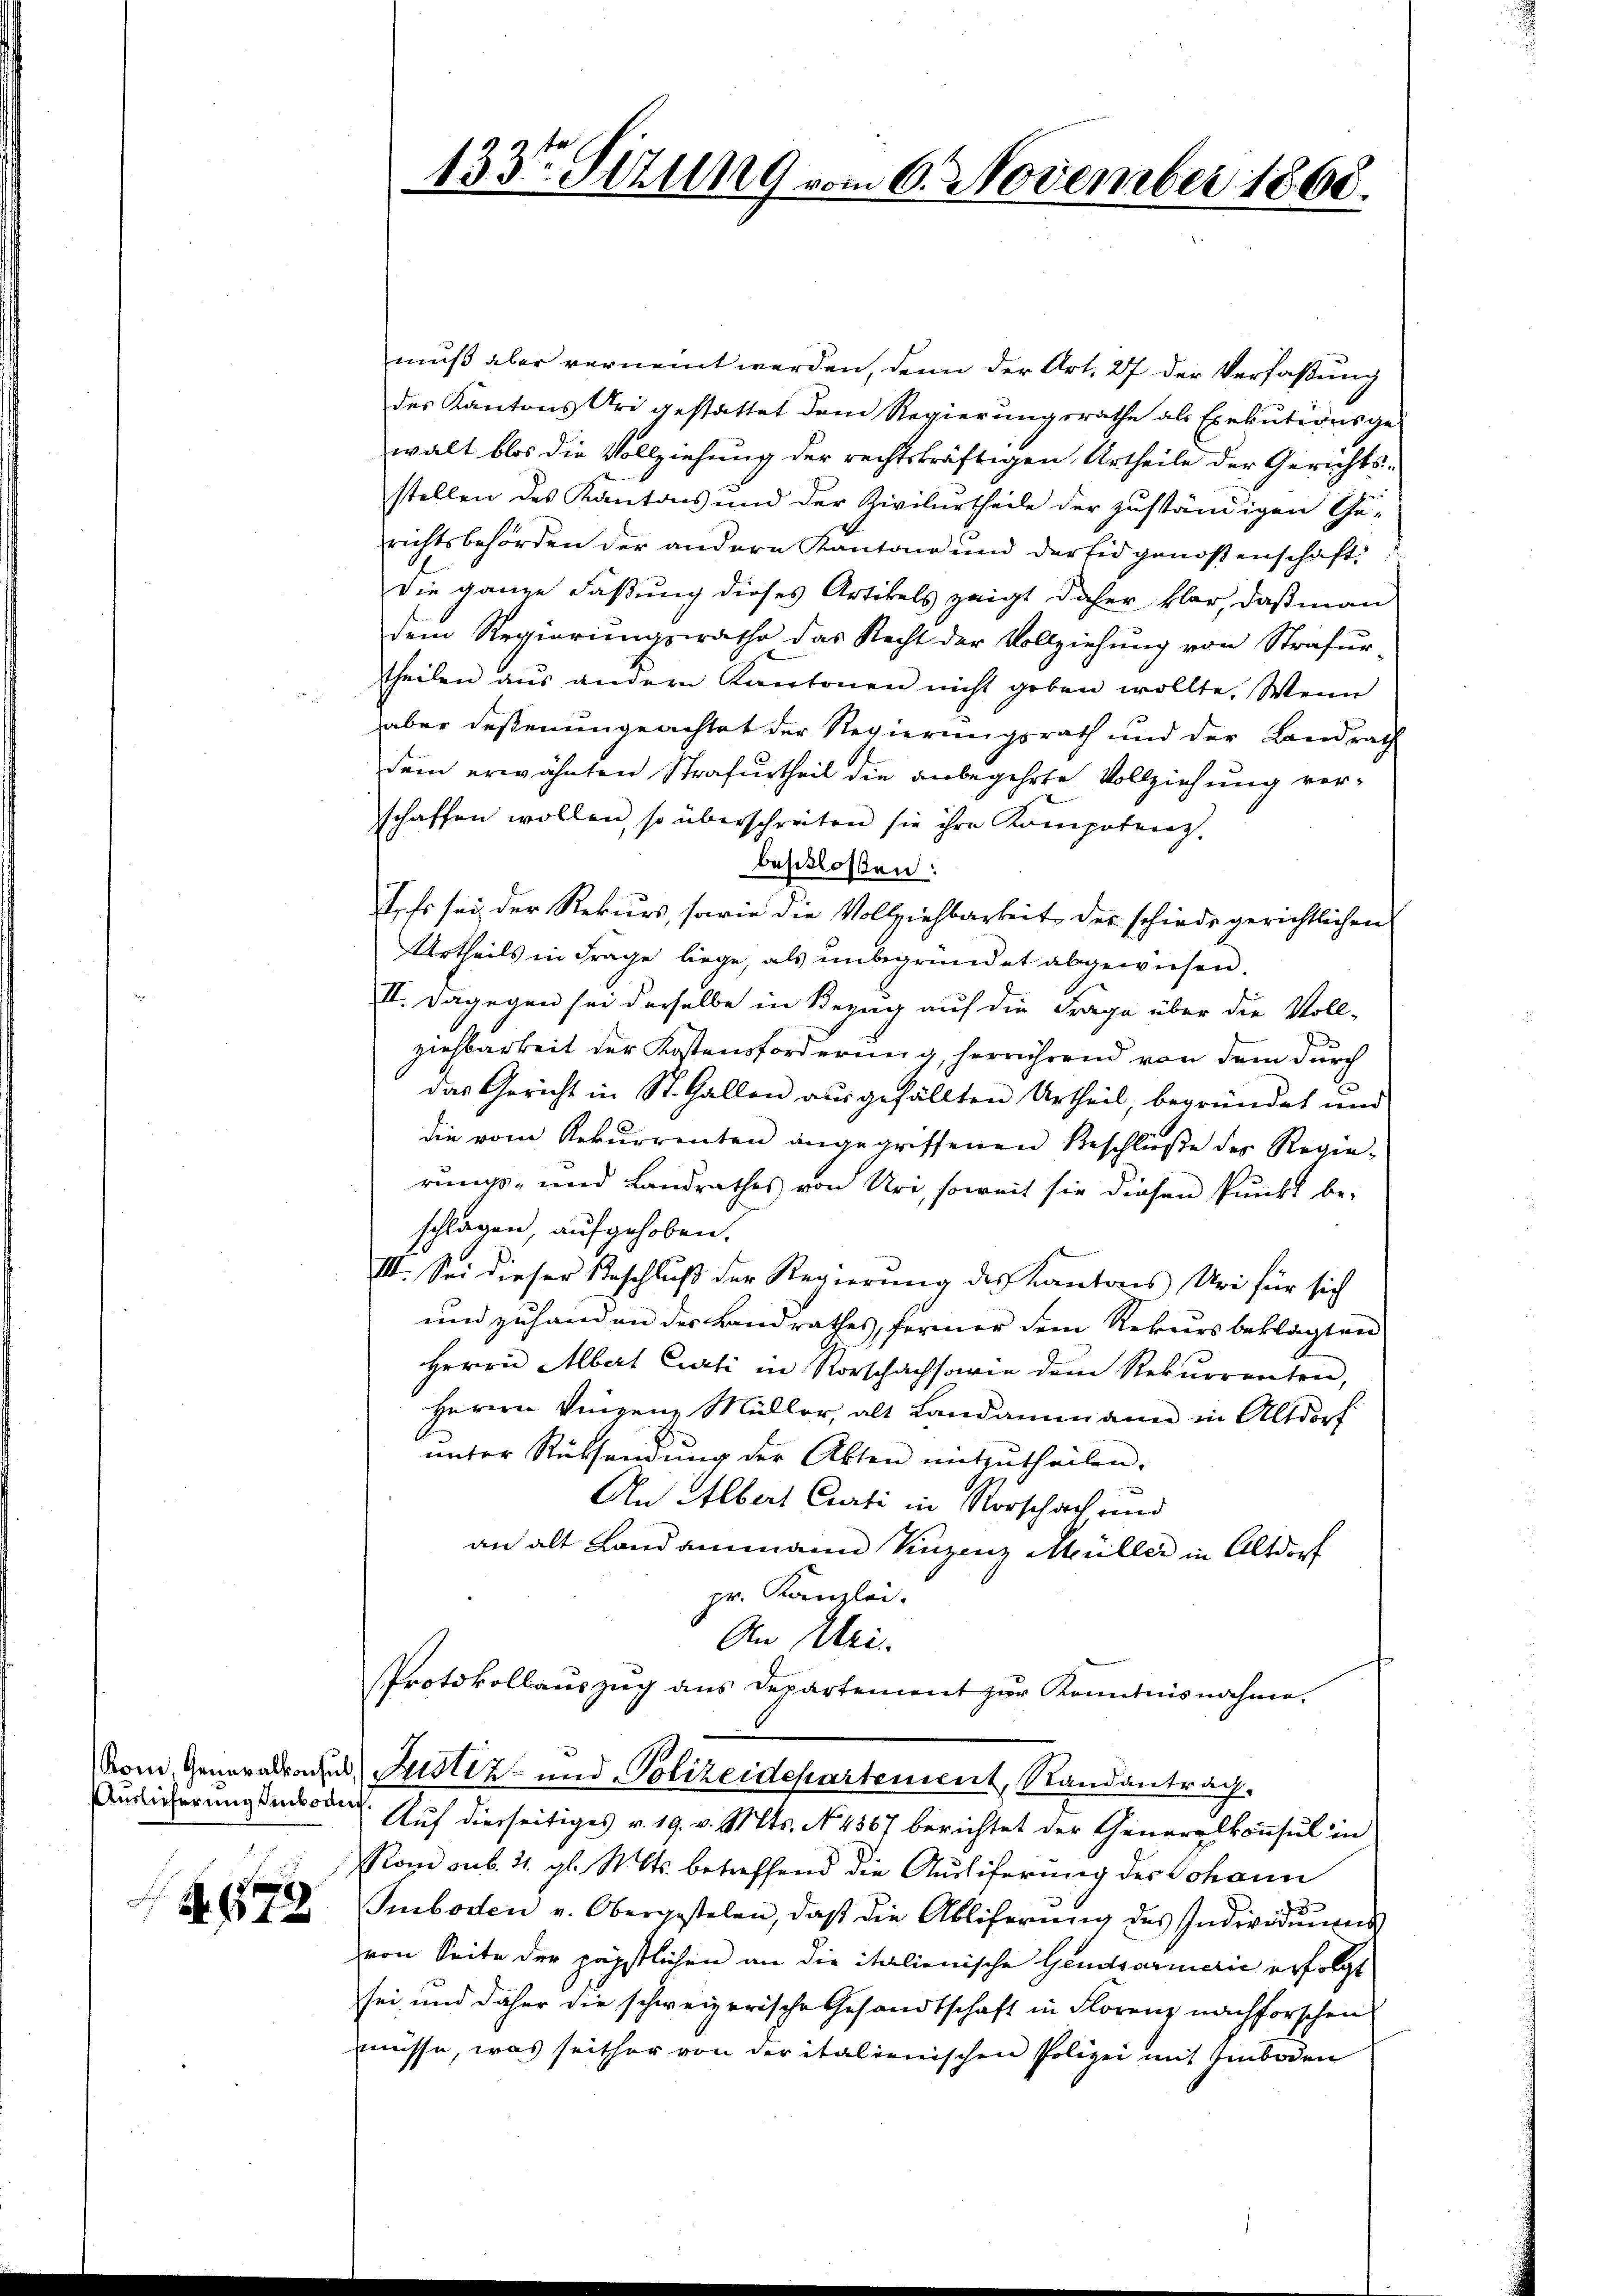
A. 672

muß aber verneint werden, denn der Art. 27 der Verfaßung
des Kantons Uri gestattet dem Regierungsrathe als Exekutionsge-
walt blos die Vollziehung der rechtskräftigen Urtheile der Gerichtsstellen des Kantons und der Zivilurtheile der zuständigen Ge-
richtsbehörden der andern Kantone und der Eidgenoßenschaft
die ganze Faßung dieses Artikels zeigt daher klar, daß man
dem Regierungsrathe das Recht der Vollziehung von Strafur-
theilen aus andern Kantonen nicht geben wollte. Wenn
aber deßenungeachtet der Regierungsrath und der Landrat
dem erwähnten Strafurtheil die anbegehrte Vollziehung verschaffen wollen, so überschreiten sie ihre Kompotenz.
beschlossen:
I. Es sei der Rekurs, sowie die Vollziehbarkeit der schiede gerichtlichen
Urtheils in Frage liege, als unbegründet abgewiesen.
II. Dagegen sei derselbe in Bezug auf die Frage über die Voll-
ziehbarkeit der Kostensforderung, herrührend von dem durch
das Gericht in St. Gallen ausgefällten Urtheil, begründet und
die vom Rekurrenten angegriffenen Beschließe des Regie-
rungs- und Landrathes von Uri, soweit sie diesen Punkt be-
schlagen, aufgehoben.
III. Sei dieser Beschluß der Regierung des Kantons Uri für sich
und zuhanden der Landrathes, ferner dem Rekursbeklagten
Herrn Albert Curti in Rorschachsowie dem Rekurrenten,
Herrn Vinzenz Müller, alt Landammann in Altdorf
unter Rüksendung der Akten mitzutheilen.
An Albert Curti in Vorschach und
an alt Landammann Vinzenz Müller in Altdorf
pr. Kanzlei.
An Uri.
Protokollauszug aus Departement zur Kenntnisnahme.
vom Generalrates Justiz- und Polizeidepartement, Randantrag.
Auslicherungsmode. Auf dierseitiges v. 19. v. Mts. No. 4567 berichtet der Generalkonsul in
Rom sub. 21. gl. S. Cts. betreffend die Ausliferung des Johann
Smboden v. Obergestelen, daβ die Abliferŭng des Individuums
von Seite der päpstlichen an die italienische Gemdsarmerić erfolgt
sei und daher die schweizerische Gesandtschaft in Florenz nachforschen
müsse, was seither von der italienischen Polizei mit Emboden

133te Sitzung vom 6. November 1868.